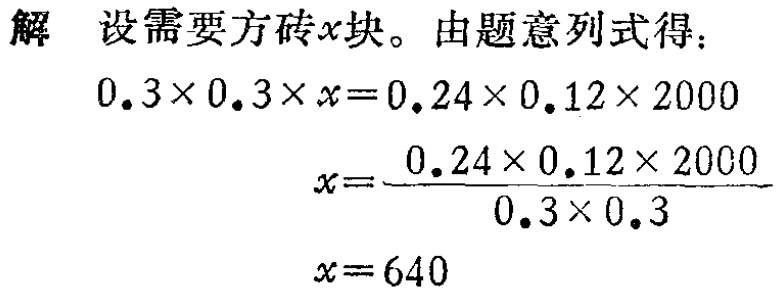
解 设需要方砖\(x\)块。由题意列式得：
\[
\begin{align*}
0.3\times0.3\times x&=0.24\times0.12\times2000\\
x&=\frac{0.24\times0.12\times2000}{0.3\times0.3}\\
x&=640
\end{align*}
\]